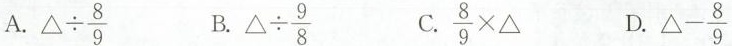
A. $$△ \div \frac { 8 } { 9 }$$ B. $$△ \div \frac { 9 } { 8 }$$ C. $$\frac { 8 } { 9 } \times △$$ D. $$△ - \frac { 8 } { 9 }$$